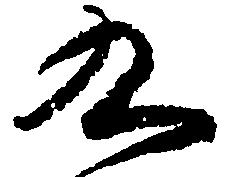
九